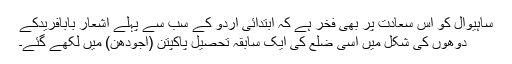
ساہیوال کو اس سعادت پر بھی فخر ہے کہ ابتدائی اُردو کے سب سے پہلے اشعار بابافریدؒکے
دوھوں کی شکل میں اِسی ضلع کی ایک سابقہ تحصیل پاکپتن (اجودھن) میں لکھے گئے۔